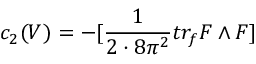
c _ { 2 } ( V ) = - [ \frac { 1 } { 2 \cdot 8 \pi ^ { 2 } } t r _ { f } F \wedge F ]